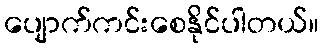
ပျောက်ကင်းစေနိုင်ပါတယ်။